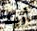
أريد